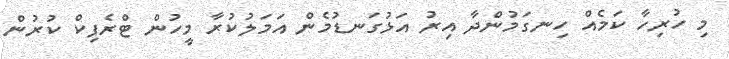
މި ހުރިހާ ކަމެއް ހިނގަމުންދާ އިރު އަޅުގަނޑުމެން އަމަލުކުރާ މީހުން ޓްރެފިކް ކުރުން